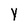
Character: y